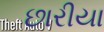
છારીયા